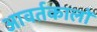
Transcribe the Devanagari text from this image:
आवर्तकालों